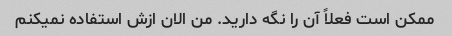
ممکن است فعلاً آن را نگه دارید. من الان ازش استفاده نمیکنم